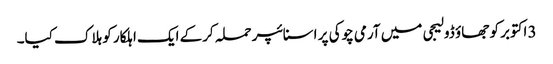
3 اکتوبر کو جھاؤ ڈولیجی میں آرمی چوکی پر اسنائپر حملہ کرکے ایک اہلکار کو ہلاک کیا۔